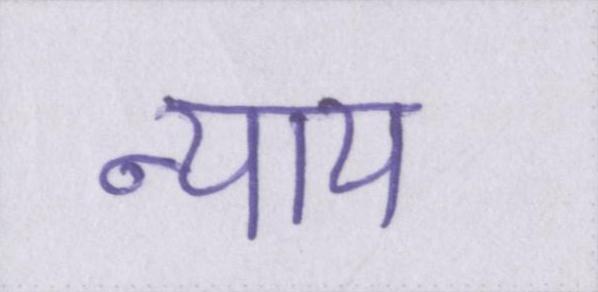
न्याय